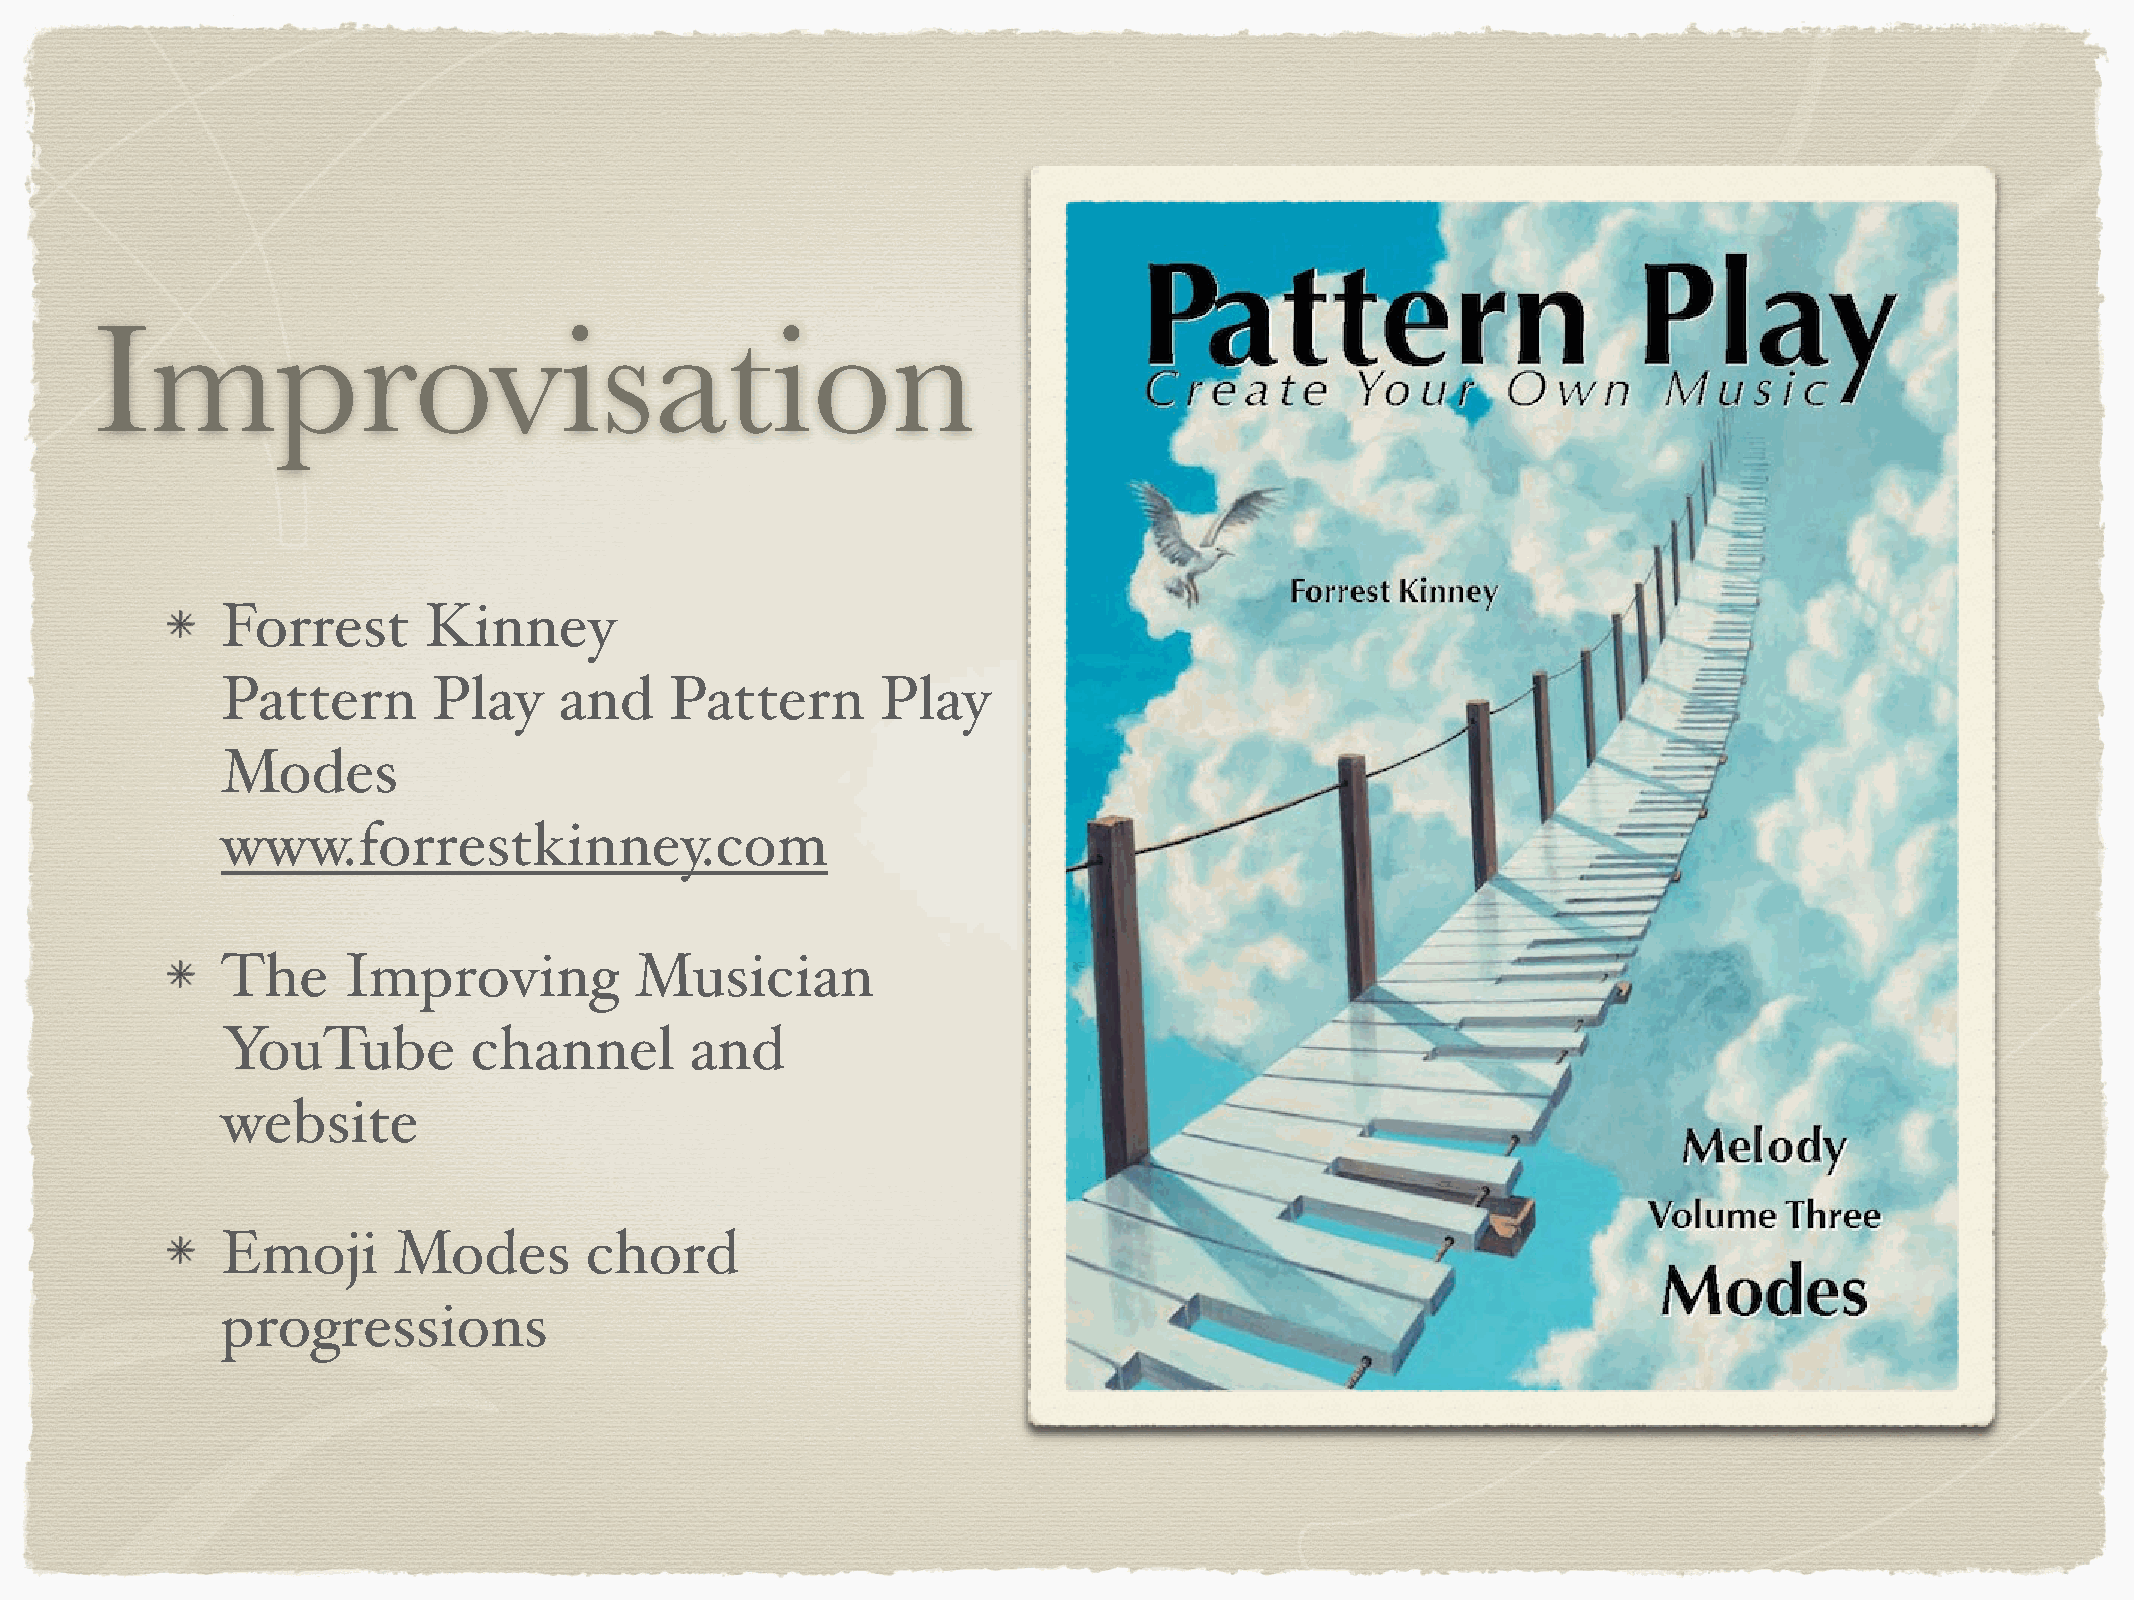
Improvisation
 Forrest      Kinney
 Pattern       Play    and    Pattern       Play
 Modes
 www.forrestkinney.com
 The     Improving          Musician
 YouTube         channel        and
 website
 Emoji      Modes        chord
 progressions